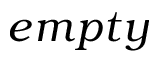
e m p t y